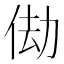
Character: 𬾆